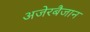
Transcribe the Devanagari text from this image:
अजेरबैजान